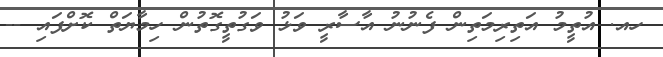
ހއ. އުތީމު އަތިރިމަތިން ފެނުނު އާސާރީ ވަޅު ވަގުތީގޮތުން ހިމާޔަތް ކޮށްފައި --